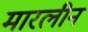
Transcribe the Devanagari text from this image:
मारलीन